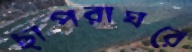
ছাপরাঘরে